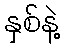
နှစ်နဲ့